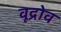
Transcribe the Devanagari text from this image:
वूद्रोव